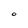
Character: O